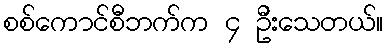
စစ်ကောင်စီဘက်က ၄ ဦးသေတယ်။